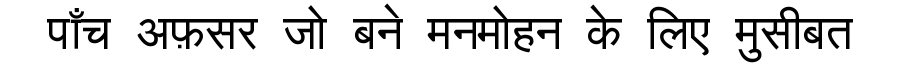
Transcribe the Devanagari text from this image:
पाँच अफ़सर जो बने मनमोहन के लिए मुसीबत